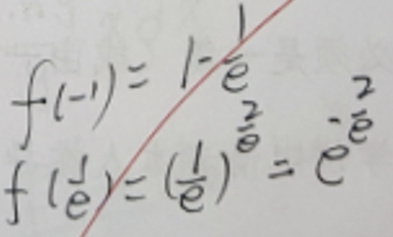
\[
\begin{align*}
f(-1)&=1 - \frac{1}{e}\\
f(\frac{1}{e})&=(\frac{1}{e})^{\frac{2}{e}}=e^{-\frac{2}{e}}
\end{align*}
\]